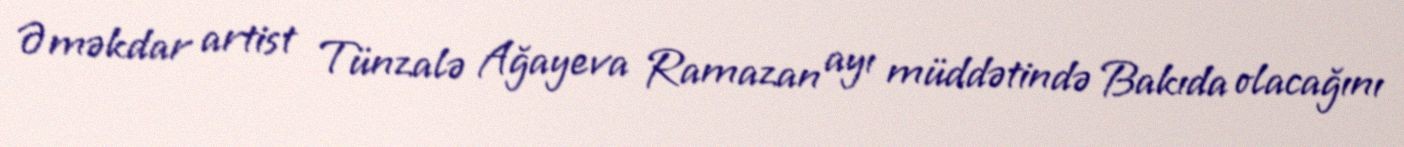
Əməkdar artist Tünzalə Ağayeva Ramazan ayı müddətində Bakıda olacağını